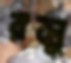
রসু